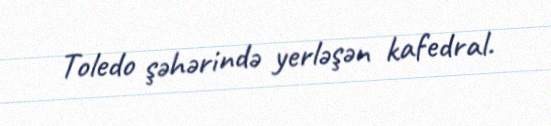
Toledo şəhərində yerləşən kafedral.